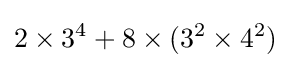
2\times 3^{4}+8\times (3^{2}\times 4^{2})